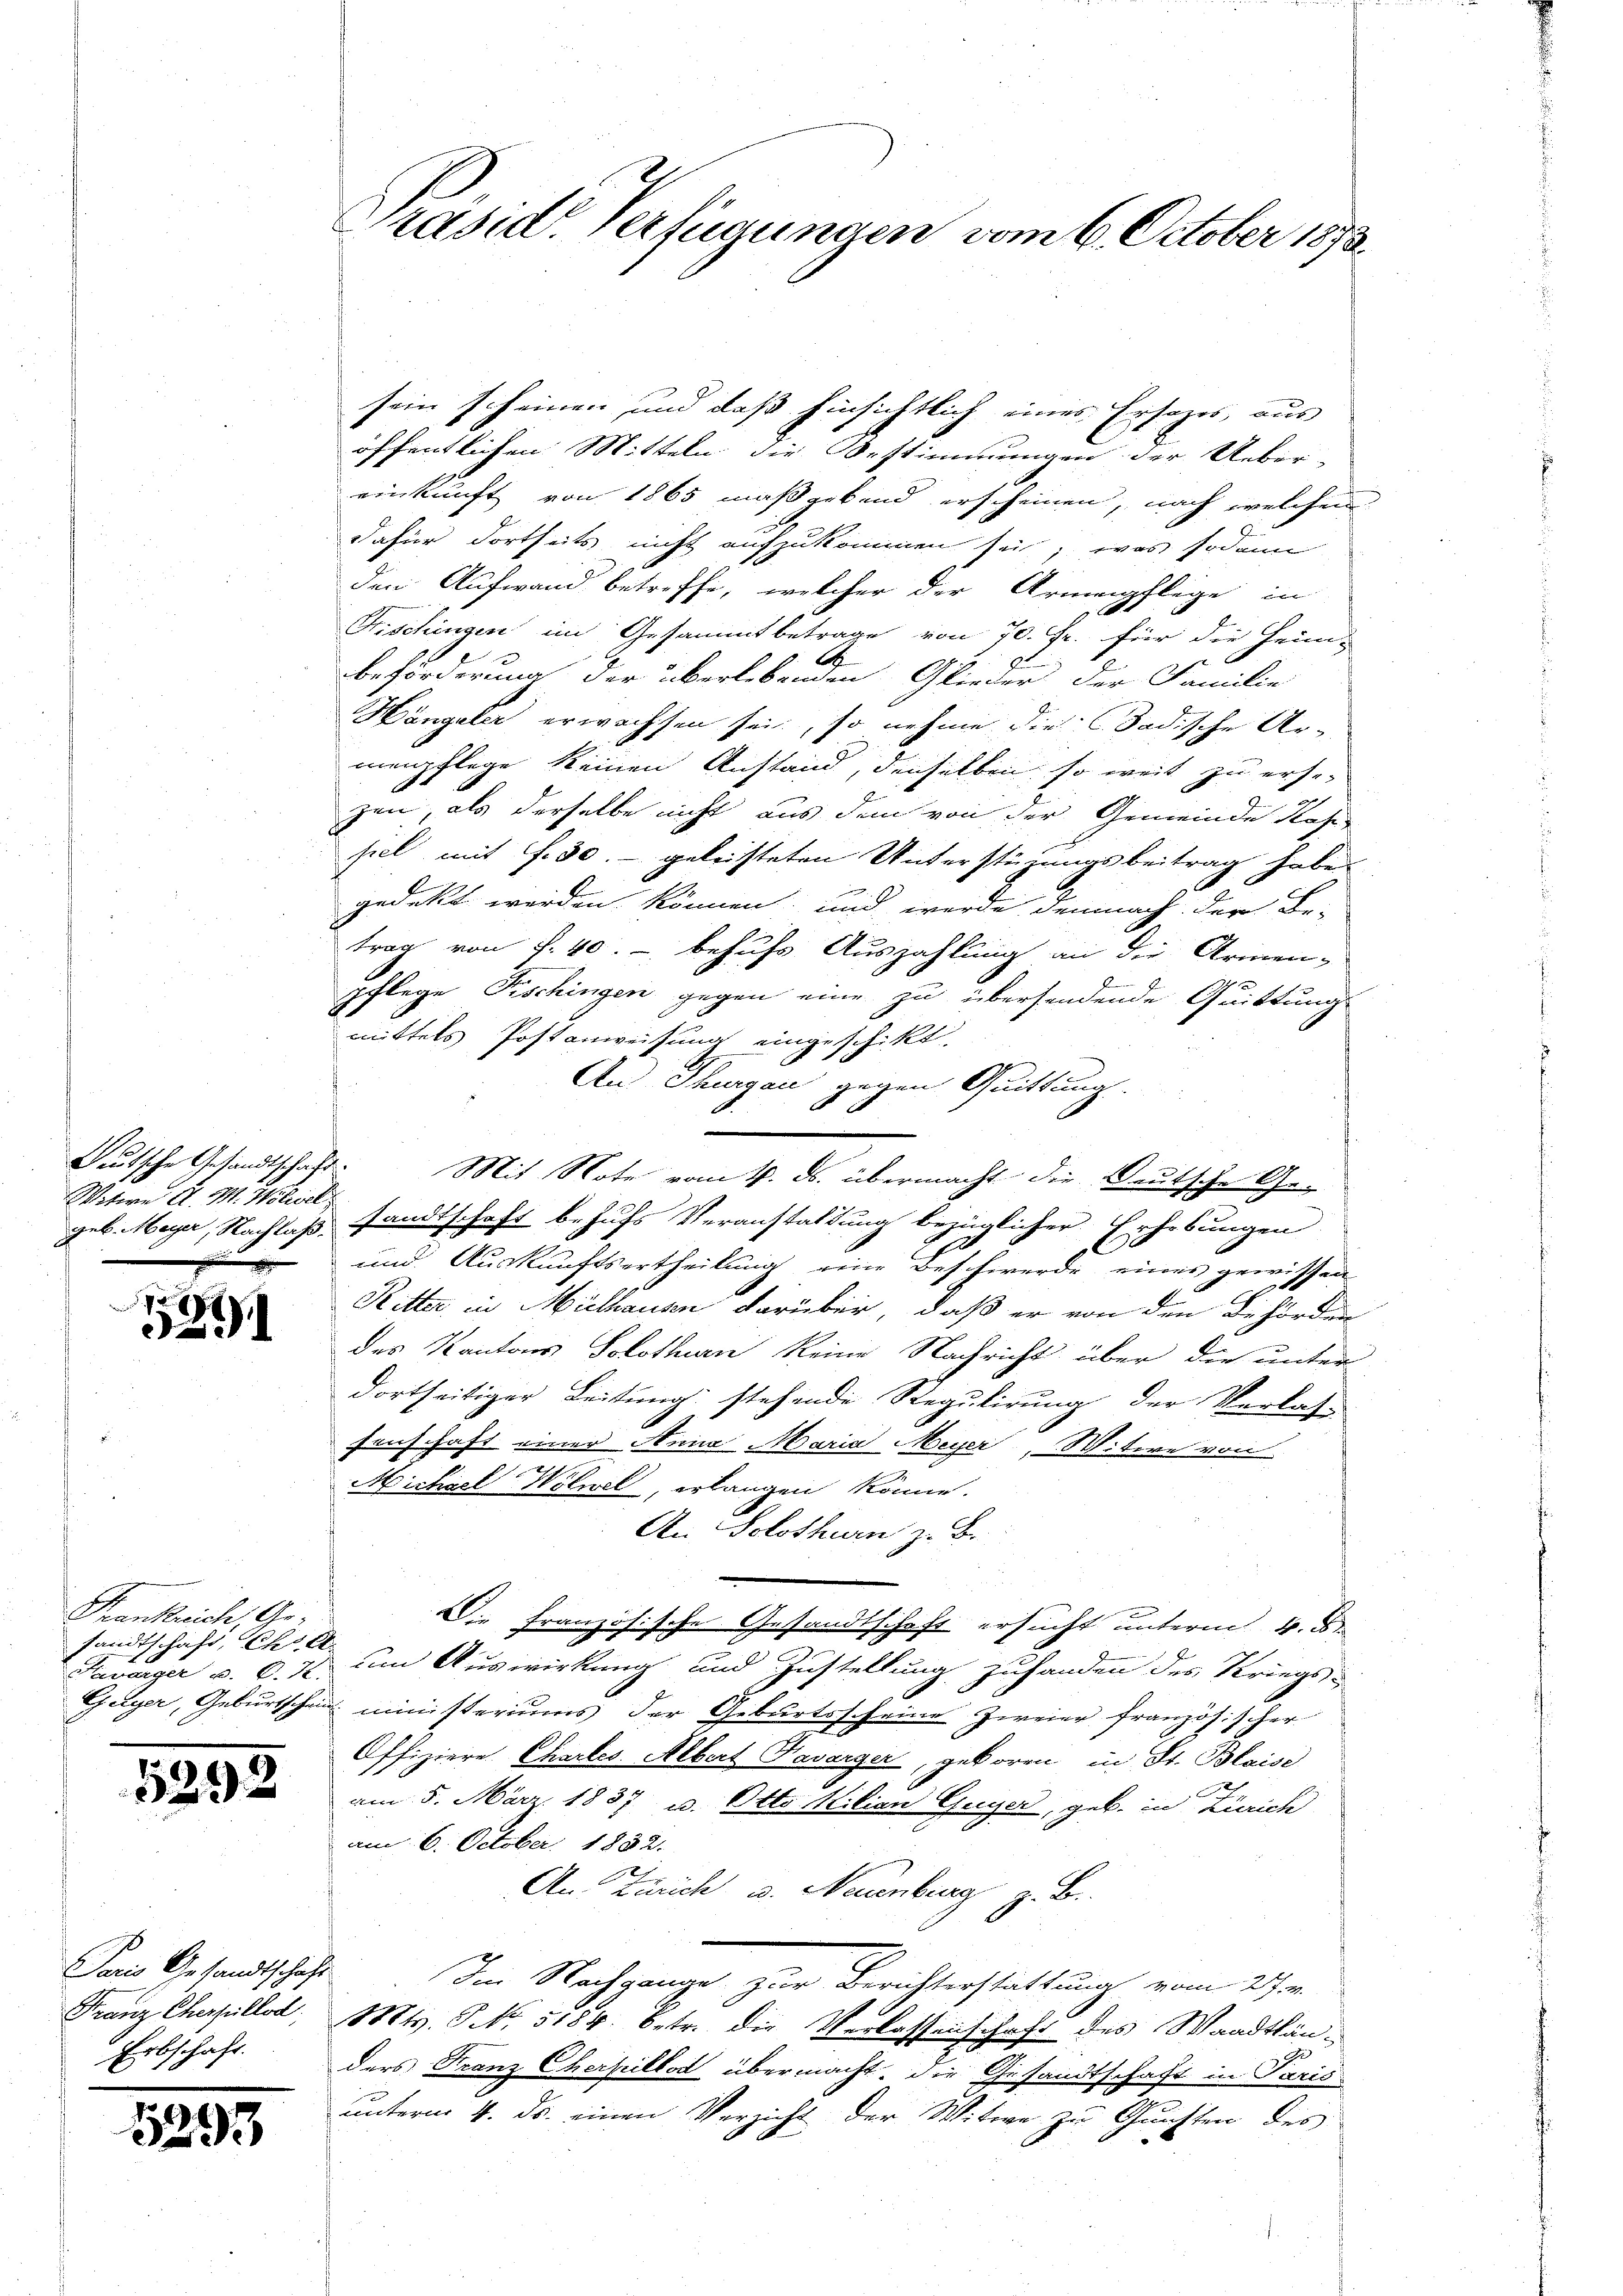
Deutsche Gesandtschaft.
Witwe A. M. Wolivel

.
291

Frankreich, Gesandtschaft, Chr. A.

5293

Paris Gesandtschaft
Franz Cherfüllod
Erbschaft.

3295

öffentlichen Mitteln die Bestimmungen der Ueber-
einkunft von 1865 maßgebend erscheinen, nach welchen
dafür dortheits nicht aufzukommen sei; was sodann
den Aufwand betreffe, welcher der Armenpflege in
Frischingen im Gesammtbetrage von 70. Fr. für die Heim-
A
Beförderung der überlebenden Glieder der Familie
Hängeler erwachsen sei, so nehme die Badische Ar-
menpflege keinen Anstand, denselben so weit zu ersezen, als derselbe nicht aus dem von der Gemeinde Nahe
siel mit f. 30. geleisteten Unterstüzungsbeitrag habe.
gedekt werden können, und werde demnach der Be-
trag von f. 40. - behufs Auszahlung an die Armen-
pflege Fischingen gegen eine zu übersendende Quittung
mittels Postanweisung eingeschikt.
An Thurgau gegen Quittung.
Mit Note vom 4. ds. übermacht die Deutsche Ge-
geb. Meyer, Nachlaß, sandtschaft behufs Veranstaltung bezüglicher Erhebungen
und Auskunftsertheilung eine Beschwerde eines gewissen
Ritter in Mülhausen darüber, daß er von den Behörden
des Kantons Solothurn keine Nachricht über die unter
dortseitiger Leitung stehende Regulirung der Verlas-
senschaft einer Anna Maria Meyer, Witwe von
2
Michael Wolwel, erlangen könne.
An Solothurn z. B.
Die Französische Gesandtschaft ersucht unterm 4. d.
Pawurger u. 6. 7 um Auswirkung und Zustellung zuhanden des Kriegs-
Guger, Geburtschein ministeriums der Geburtsscheine zweier französischer
Offiziere Chartes Albert Daverger, geboren in St. Blaise
am 5. März 1837 u. Otto Milian Guyer, geb. in Zürich
 am 6. October. 1882.
An Zürich u. Neuenburg z. B.
Im Nachgange zur Berichterstattung vom 29. en
Mts. S. 5184. betr. die Verlassenschaft des Waadtländers Franz Cherpillos übermacht. Die Gesandtschaft in Paris
unterm 4. ds. einen Verzicht der Witwe zu Gunsten des

Präsid. Verfügungen vom 6. October 1872

sein scheinen und daß hinsichtlich eines Ersezes, aus